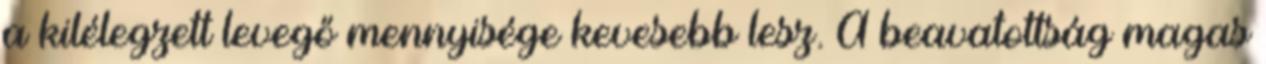
a kilélegzett levegő mennyisége kevesebb lesz. A beavatottság magas